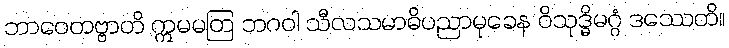
ဘာဝေတဗ္ဗာတိ ဣမမတြ ဘဂဝါ သီလသမာဓိပညာမုခေန ဝိသုဒ္ဓိမဂ္ဂံ ဒဿေတိ။